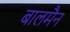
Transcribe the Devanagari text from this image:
बालमैन